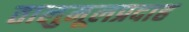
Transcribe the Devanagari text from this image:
तालुमूलप्रदाह